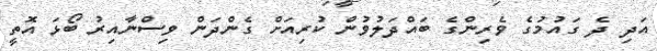
އަދި ދެ ގައުމުގެ ވެރިންގެ ބައްދަލުވުން ކުރިއަށް ގެންދަން ވިސްނާއިރު ބޯޅަ އޮތީ